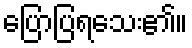
ပြောပြရသေး၏။